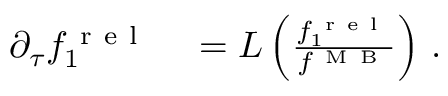
\begin{array} { r l } { \partial _ { \tau } f _ { 1 } ^ { \mathrm { ~ r ~ e ~ l ~ } } } & { { } = L \left( \frac { f _ { 1 } ^ { \mathrm { ~ r ~ e ~ l ~ } } } { f ^ { \mathrm { ~ M ~ B ~ } } } \right) \, . } \end{array}